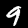
Label: 9